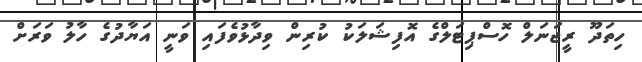
ހިތަދޫ ރީޖަނަލް ހޮސްޕިޓަލްގެ އޮފިޝަލަކު ކުރިން ވިދާޅުވެފައި ވަނީ އަޔާދުގެ ހާލު ވަރަށް